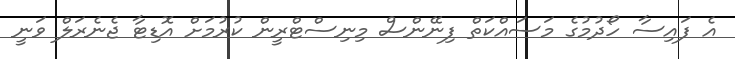
އެ ފައިސާ ހޯދުމުގެ މަސައްކަތް ފިނޭންސް މިނިސްޓްރީން ކުރުމަށް އޮޑިޓާ ޖެނެރަލް ވަނީ